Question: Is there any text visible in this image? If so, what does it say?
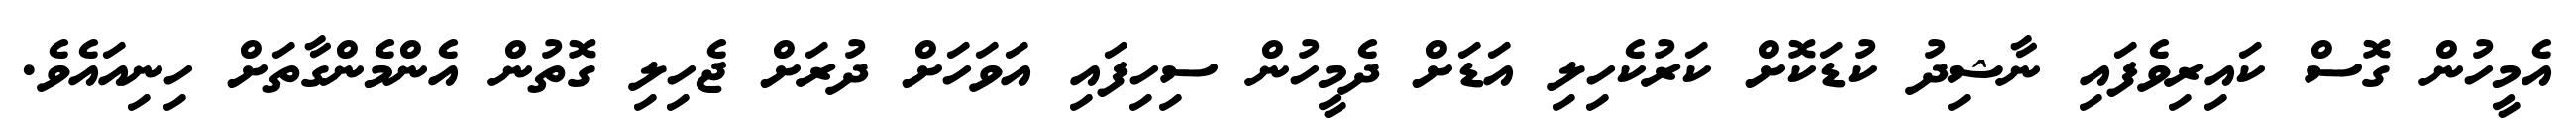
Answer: އެމީހުން ގޮސް ކައިރިވެފައި ނާޝިދު ކުޑަކޮށް ކަރުކެހިލި އަޑަށް ދެމީހުން ސިހިފައި އަވަހަށް ދުރަށް ޖެހިލި ގޮތުން އެންމެންގާތަށް ހިނިއައެވެ.